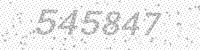
Solution: 545847